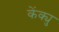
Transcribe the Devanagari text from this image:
केंक्यु